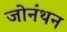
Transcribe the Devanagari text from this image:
जोनंथन